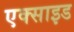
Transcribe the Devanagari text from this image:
एक्साइड